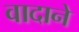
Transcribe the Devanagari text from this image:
वादाने